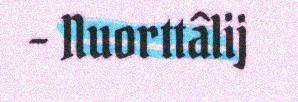
– Nuorttâlij